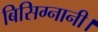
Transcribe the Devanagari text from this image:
बिसिग्नानी।